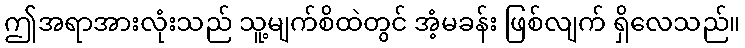
ဤအရာအားလုံးသည် သူ့မျက်စိထဲတွင် အံ့မခန်း ဖြစ်လျက် ရှိလေသည်။